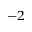
^ { - 2 }